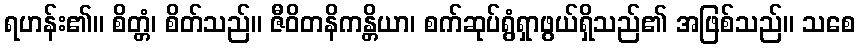
ရဟန်း၏။ စိတ္တံ၊ စိတ်သည်။ ဇီဝိတနိကန္တိယာ၊ စက်ဆုပ်ရွံရှာဖွယ်ရှိသည်၏ အဖြစ်သည်။ သစေ